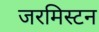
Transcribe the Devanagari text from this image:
जरमिस्टन